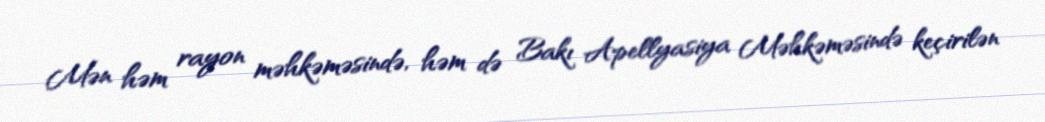
Mən həm rayon məhkəməsində, həm də Bakı Apellyasiya Məhkəməsində keçirilən